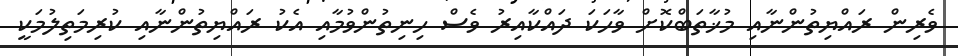
ވެރިން ރައްޔިތުންނާއި މުޚާތަބްކޮށް ވާހަކަ ދައްކާއިރު ވެސް ހިނިތުންވުމާއި އެކު ރައްޔިތުންނާއި ކުރިމަތިލުމަކީ